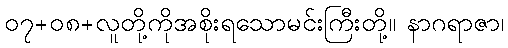
၀၇+၀၈+လူတို့ကိုအစိုးရသောမင်းကြီးတို့။ နာဂရာဇာ၊